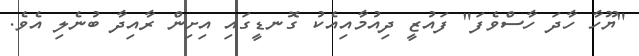
"ޔޫހާ ހާދަ ހާސްވެފަ" ފައުޒީ ދިއުމާއިއެކު ގޮނޑީގައި އިށިން ރާއިދާ ބުނެލި އެވެ.